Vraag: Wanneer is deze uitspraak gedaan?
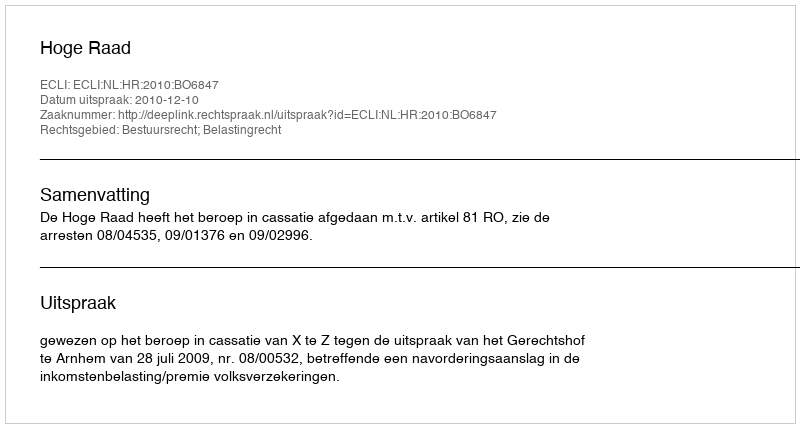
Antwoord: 2010-12-10